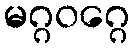
မဂ္ဂဝဂ္ဂေ